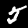
Digit: 5